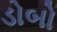
ડોબો